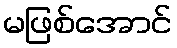
မဖြစ်အောင်